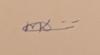
Signature authenticity: genuine